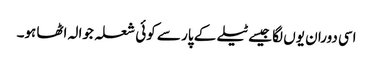
اسی دوران یوں لگا جیسے ٹیلے کے پار سے کوئی شعلہ جوالہ اٹھا ہو۔